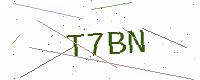
Text: T7BN